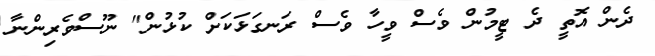
ދެން އޮތީ ދެ ޓީމުން ވެސް ވީހާ ވެސް ރަނގަޅަކަށް ކުޅުން" ނޫސްވެރިންނާ